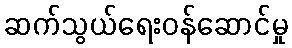
ဆက်သွယ်ရေးဝန်ဆောင်မှု